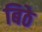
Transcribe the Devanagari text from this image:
बिठे